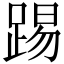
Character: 踢